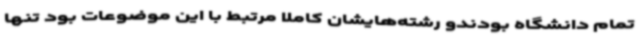
تمام دانشگاه بودندو رشته‌هایشان کاملاً مرتبط با این موضوعات بود تنها